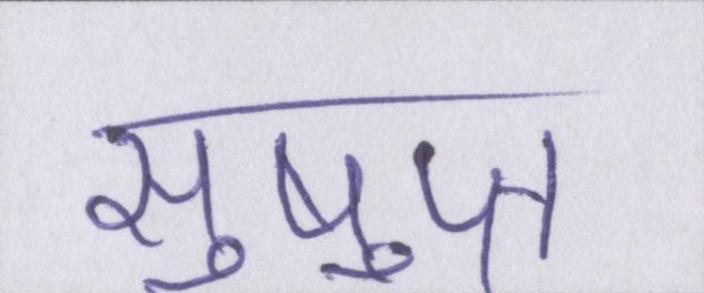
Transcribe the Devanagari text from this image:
सुषुप्त